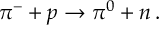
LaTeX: \pi ^ { - } + p \rightarrow \pi ^ { 0 } + n \, .